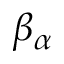
\beta _ { \alpha }